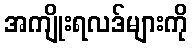
အကျိုးရလဒ်များကို